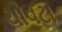
ચોવટા